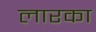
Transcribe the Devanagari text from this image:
लारका